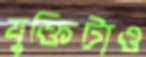
যুক্তিটাও